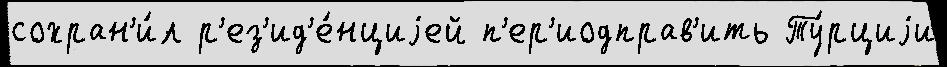
сохран'и́л р'ез'ид'е́нциjей п'ер'иодправ'ить Ту́рциjи